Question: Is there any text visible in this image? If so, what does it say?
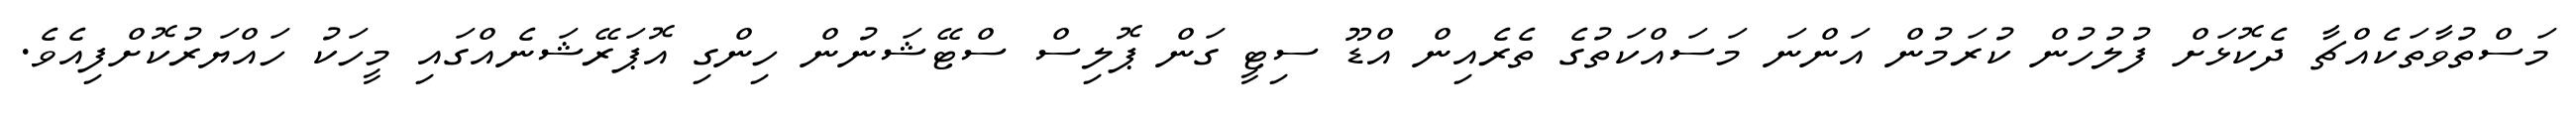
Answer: މަސްތުވާތަކެއްޗާ ދެކޮޅަށް ފުލުހުން ކުރަމުން އަންނަ މަސައްކަތުގެ ތެރެއިން އްޑޫ ސިޓީ ގަން ޕޮލިސް ސްޓޭޝަނުން ހިންގި އޮޕަރޭޝަނެއްގައި މީހަކު ހައްޔަރުކޮށްފިއެވެ.